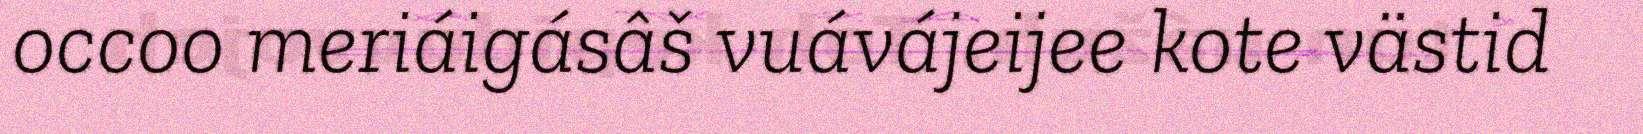
occoo meriáigásâš vuávájeijee kote västid